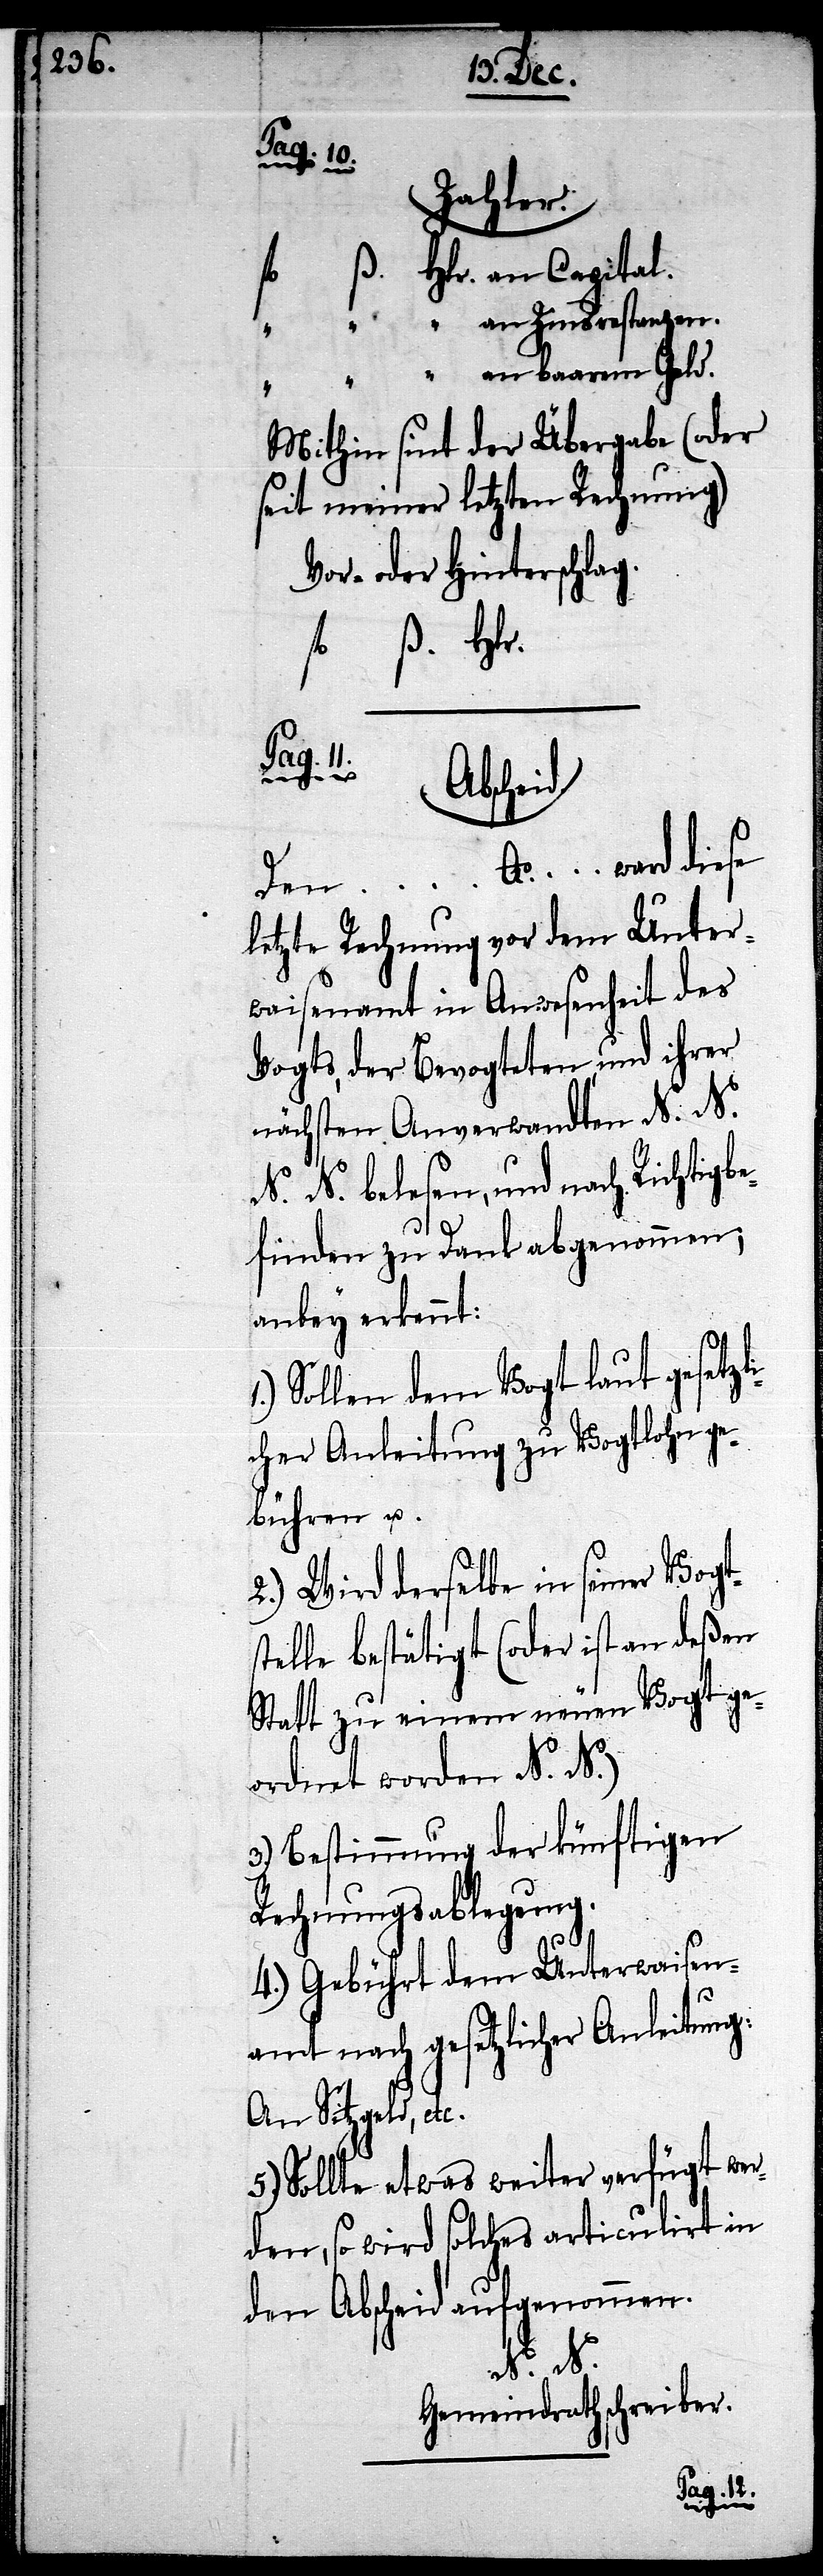
Pag. 11.
Zahlen.
ß. 	Hlr. an Capital.
“	 “	 “ an Zinsrestanzen.
Mithin sint der Übergabe (oder
seit meiner letzten Rechnung)
Vor- oder Hinterschlag.
fl. 	ß. 	Hlr.
Abscheid.
Den… Ao. … ward diese
letzte Rechnung vor dem Unter¬
waisenamt in Anwesenheit des
Vogts, der Bevogteten, und ihrer
nächsten Anverwandten N. N.
N. N. belesen, und nach Richtigbe¬
finden zu Dank abgenommen;
anbey erkennt:
1.)
Sollen dem Vogt laut gesetzl¬
icher Anleitung zu Vogtlohn ge¬
büren u.
2.) Wird derselben in seiner
telle bestätigt (oder ist an deßen
Statt zu einem neuen Vogt ge¬
ordnet worden N. N.)
3.) Bestimmung der künftigen
Rechnungsablegung.
4.) Gebührt dem Unterwaisen¬
ld.
amt nach gesetzlicher Anleitung:
An Sitzgeld, etc.
5.) Sollte etwas weiter verfügt wer¬
den, so wird solches articulirt in
________________
N. N.
Gemeindrathschreiber.
baarem Ge¬
Vogts¬